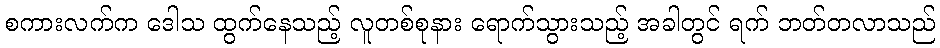
စကားလက်က ဒေါသ ထွက်နေသည့် လူတစ်စုနား ရောက်သွားသည့် အခါတွင် ရက် ဘတ်တလာသည်